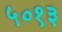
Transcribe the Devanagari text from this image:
५०१३